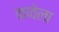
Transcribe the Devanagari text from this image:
कावेला